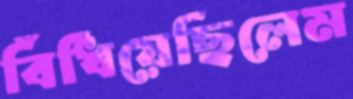
বিঁধিয়েছিলেম